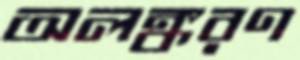
অলঙ্করণ